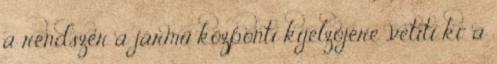
a rendszer a jármű központi kijelzőjére „vetíti ki” a